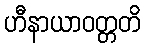
ဟီနာယာဝတ္တတိ